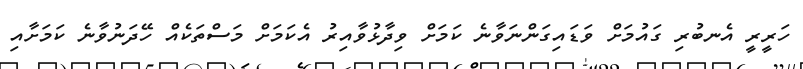
ހަރީރީ އެނބުރި ގައުމަށް ވަޑައިގަންނަވާނެ ކަމަށް ވިދާޅުވާއިރު އެކަމަށް މަސްތަކެއް ހޭދަނުވާނެ ކަމަށާއި